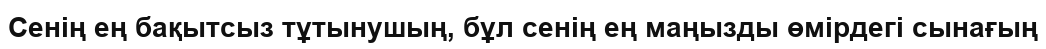
Cенің ең бақытсыз тұтынушың, бұл сенің ең маңызды өмірдегі сынағың